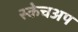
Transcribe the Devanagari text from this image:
स्केचअप